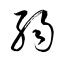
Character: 弱